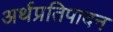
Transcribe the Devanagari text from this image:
अर्थप्रतिपादन